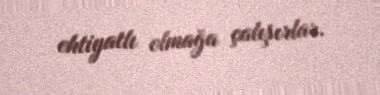
ehtiyatlı olmağa çalışırlar.